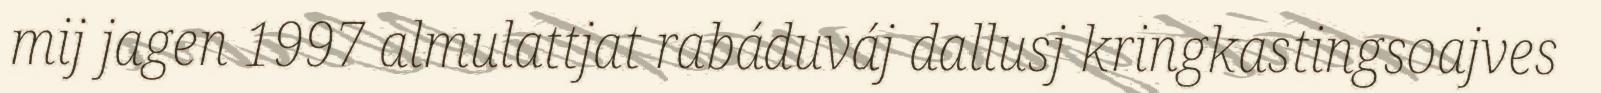
mij jagen 1997 almulattjat rabáduváj dallusj kringkastingsoajves